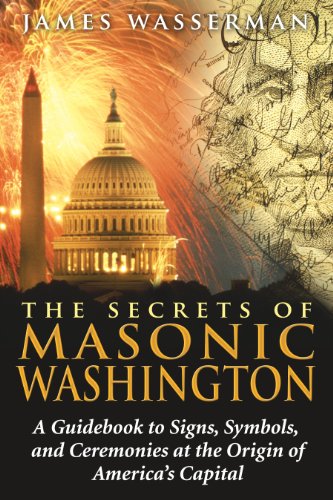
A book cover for The Secrets of Masonic Washington: A Guidebook to Signs, Symbols, and Ceremonies at the Origin of America's Capital; James Wasserman; Religion & Spirituality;